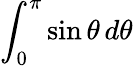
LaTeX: \int_{0}^{\pi}\sin\theta\, d\theta